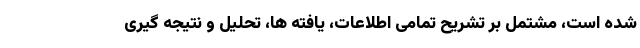
شده است، مشتمل بر تشریح تمامی اطلاعات، یافته ها، تحلیل ‌و نتیجه گیری